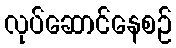
လုပ်ဆောင်နေစဉ်